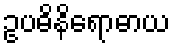
ဥပဓိနိရောဓာယ